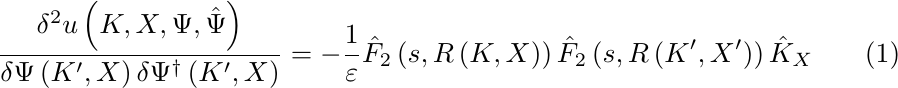
\begin{equation}
\frac{\delta ^{2}u\left( K,X,\Psi ,\hat{\Psi}\right) }{\delta \Psi \left(
K^{\prime },X\right) \delta \Psi ^{\dagger }\left( K^{\prime },X\right) }=-%
\frac{1}{\varepsilon }\hat{F}_{2}\left( s,R\left( K,X\right) \right) \hat{F}%
_{2}\left( s,R\left( K^{\prime },X^{\prime }\right) \right) \hat{K}_{X}
\label{duf}
\end{equation}%